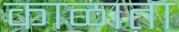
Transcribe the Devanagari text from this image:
काळाता